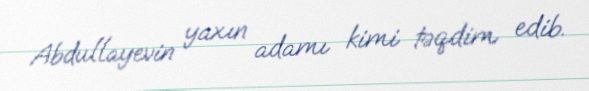
Abdullayevin yaxın adamı kimi təqdim edib.